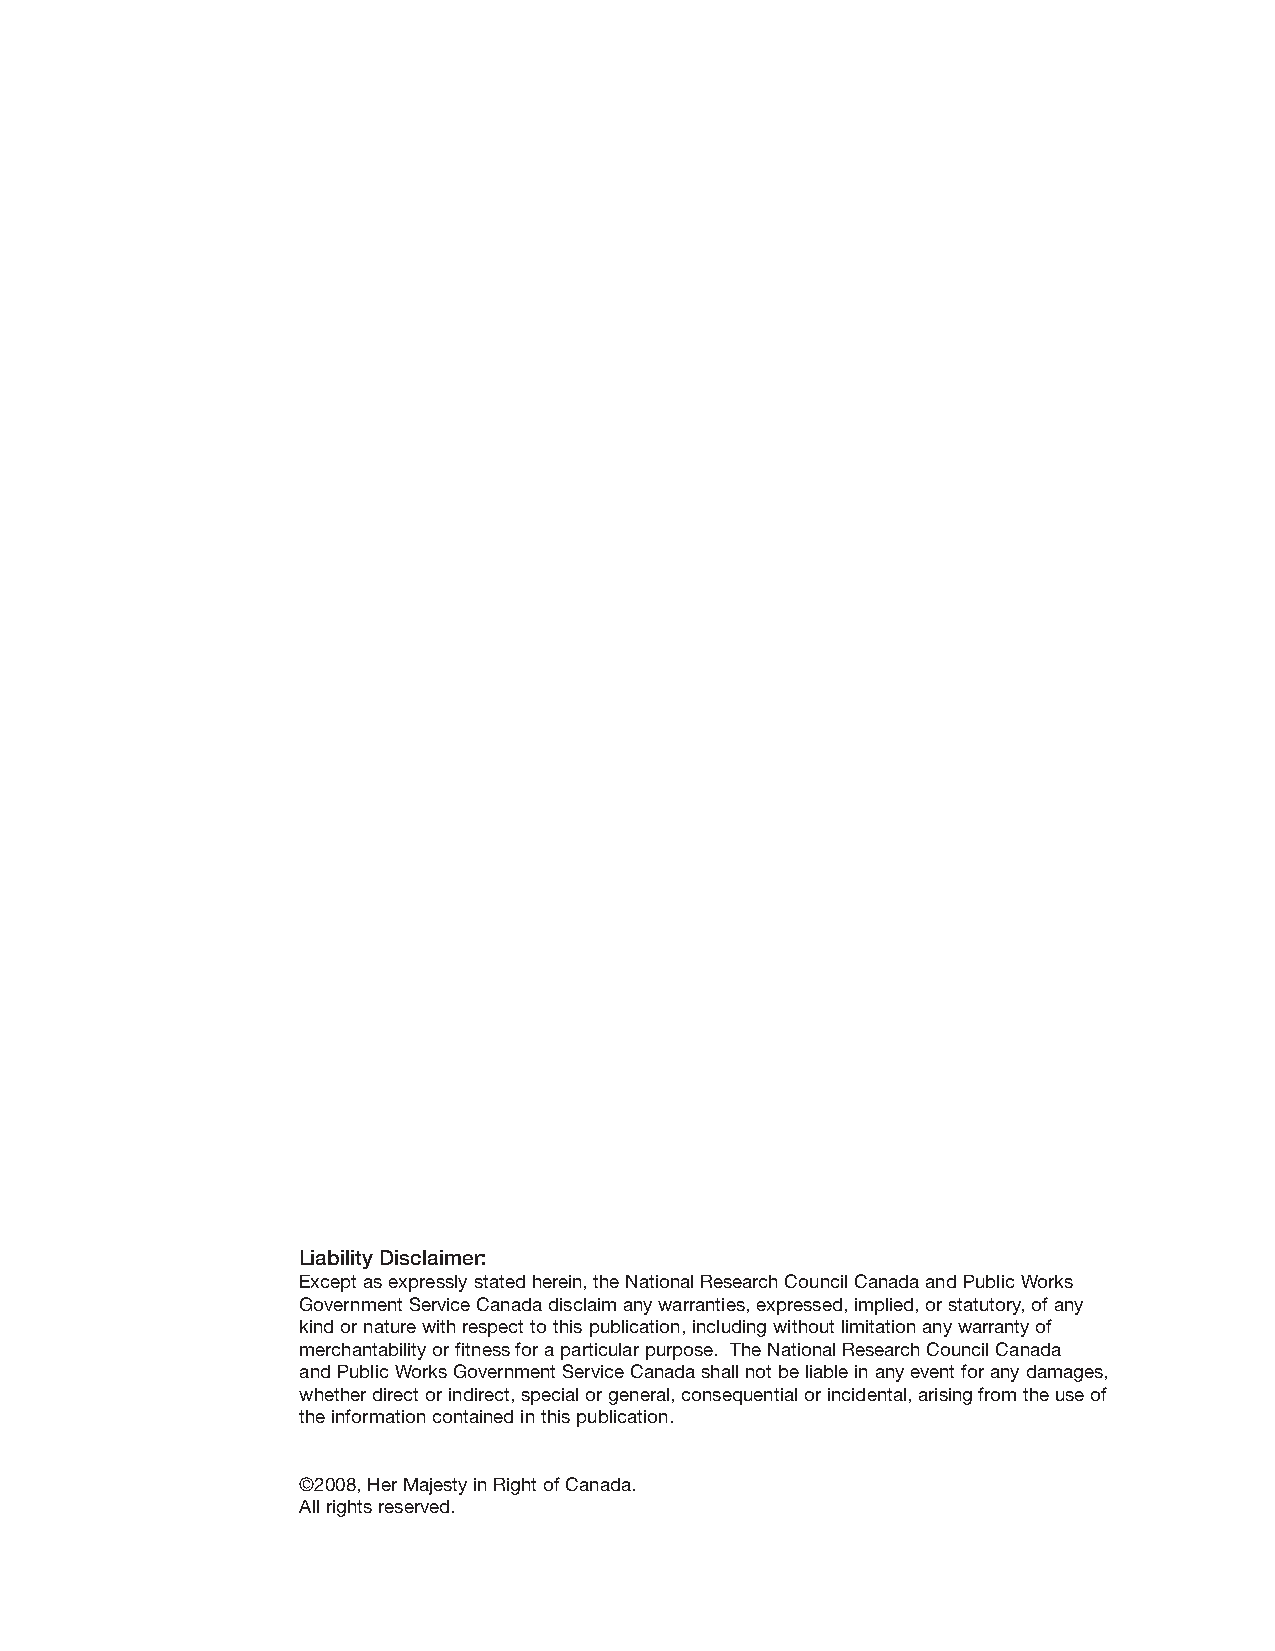
Liability Disclaimer:
 Except as expressly stated herein, the National Research Council Canada and Public Works
 Government Service Canada disclaim any warranties, expressed, implied, or statutory, of any
 kind or nature with respect to this publication, including without limitation any warranty of
 merchantability or fitness for a particular purpose. The National Research Council Canada
 and Public Works Government Service Canada shall not be liable in any event for any damages,
 whether direct or indirect, special or general, consequential or incidental, arising from the use of
 the information contained in this publication.
 ©2008, Her Majesty in Right of Canada.
 All rights reserved.